Memorandum on the prevention of leprosy by segregation of the affected
Disease focus: Leprosy
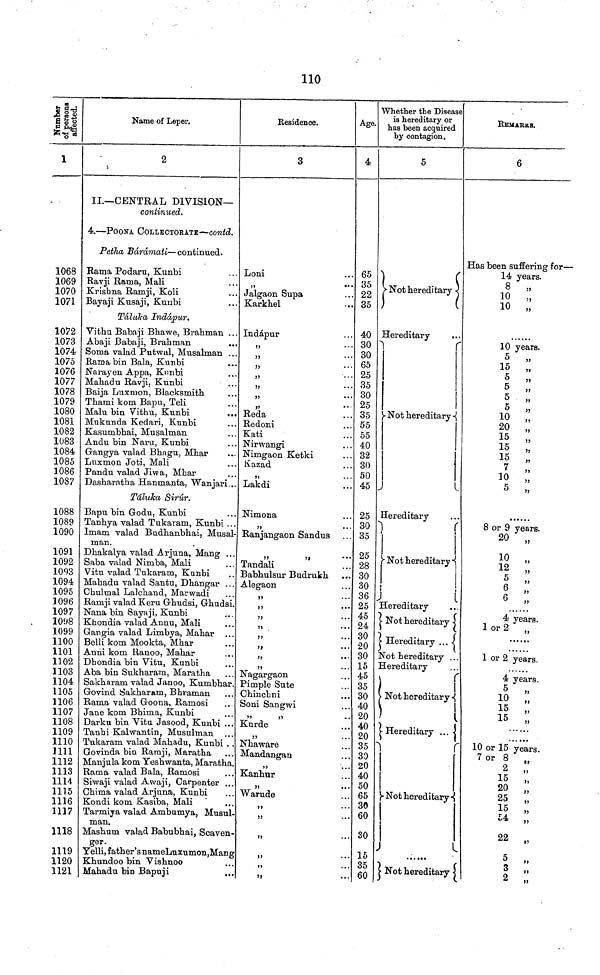
110
Number of persons afiected.
1
1068
1069
1070
1071
1072
1073
1074
1075
1076
1077
1078
1079
1080
1081
1082
1083
1084
1085
1086
10S7
1088
1089
1090
1091
1092
1093
1094
1095
1096
1097
1098
1099
1100
1101
1102
1103
1104
1105
1106
1107
1108
1109
1110
1111
1112
1113
1114
1115
1116
1117
1118
1119
1120
1121
Name of Leper.
2
II.—CENTRAL DIVISION—
continued.
4.—POONA CoLLECTORATE—contd.
Petha Bárámati—continued.
Rama Podara, Kunbi
Ravji Rama, Mali
Krishna Ramji, Koli
Bayaji Kusaji, Kunbi
Tálukaa Indàpur.
Vithu Babaji Bhawe, Brahman ...
Abaji Babaji, Brahman
Soma valad Putwal, Musalman ...
Rama bin Bala, Kunbi
Narayen Appa, Kunbi
Mahadu Ravji, Kunbi
Baija Luxnion, Blacksmith
Thami kom Bapu, Teli
Malu bin Vithu, Kunbi
Mukunda Kedari, Kunbi
Kasumbhai, Musalman
Andu bin Naru, Kunbi
Gangya valad Bhagu, Mhar
Lnxmon Joti, Mali
Pandu valad Jiwa, Mhar
Dasharatha Hamnanta, Wanjari...
Táluka Sirúr.
Bapu bin Godu, Kunbi
Tanhya valad Tukaram, Kunbi...
Imam valad Budhanbhai, Musal-
man.
Dhakalya valad Arjuna, Mang ...
Saba valad Nimba, Mali
Vitu valad Tukaram, Kunbi
Mahadu valad Santu, Dhangar ...
Chulmal Lalchand, Marwadi
Ramji valad Keru Ghudsi, Ghudsi.
Nana bin Sayaji, Kunbi
Khondia valad Annu, Mali
Gangia valad Limbya, Mahar ...
Belli kom. Mookta, Mhar
Anni kom fcianoo, Mahar
Dhondia bin Vitu, Kunbi
Aba bin Sukharam, Maratha
Sakharam valad Janoo, Kumbhar.
Govind Sakharam, Bhraman
Rama valad Goona, Ramosi
Jane kom Bhima, Kunbi
Darku bin Vitu Jasood, Kunbi ...
Tanhi Kalwantin, Musulman
Tukaram valad Mahadu, Kunbi ..
Govinda bin Ramji, Maratha
Manjula kom Yeshwanta, Maratha
Rama valad Bala, Ramosi
Siwaji valad Awaji, Carpenter ...
Chima valad Arjuna, Kunbi
Kondi kom Kasiba, Mali
Tarmiya valad Ambumya, Musul
man.
Mashum valad Babubhai, Scaven-
ger.
Yelli, father's nameLuxumon,Mang
Khundoo bin Vishnoo
Mahadu bin Bapuji
Residence.
3
Loni
,,
...
Jalgaon Supa
Karkhel
Indápur
„
• •
Reda
Redoni
Kati
Nirwangi
Nimgaon Ketki
Kazad
* * *
Lakdi
Nimona
Ranjangaon Sandus
Tandali
Babhulsur Budrukh ...
Alegaon
...
,,
...
...
,,
...
...
...
),
..•
...
Nagargaon
Pimple Sute
Chinchni
Soni Sangwi
Kurde
Nhaware
Mandangan
Kanhur
>>
••
Warude
Age.
4
65
35
22
35
40
30
30
65
25
35
30
25
35
55
55
40
32
30
50
45
25
30
35
25
28
30
30
36
25
45
24
30
20
30
15
45
35
30
40
20
40
20
35
30
20
40
50
65
30
60
30
15
35
60
Whether the Disease
is hereditary or
has been acquired
by contagion.
5
Not hereditary
)
(
Hereditary
Not hereditary
Hereditary
Not hereditary
Hereditary
Not hereditary
Hereditary ...
Not hereditary ...
Hereditary
(
Not hereditary
Hereditary ...
Not hereditary
\
1
Not hereditary
REMARKS.
6
Has been suffering for—
14 years.
8 „
10 „
10 „
10 years.
5 „
15 „
5 „
5 „
5
5
10
20
„
15
15
„
15
10
5 „
8 or 9 years.
20
„
10
„
12
„
3 3
6
6
4 years.
1 or 2
„
1 or 2 years.
4 years.
10 „
15 „
15
3)
10 or 15 years.
7 or 8
„
2
;
15
20
„
25
„
15
54
22
„
5
„
3